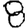
Digit: 8